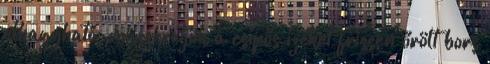
elhagyható, mi szeretjük a csípős ízeket frissen őrölt bors